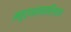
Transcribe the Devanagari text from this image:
मनुर्धन्वन्तरिस्तथा